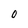
Character: O